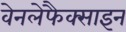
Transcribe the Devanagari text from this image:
वेनलेफैक्साइन